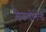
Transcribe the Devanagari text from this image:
मैकडोनेल्ड